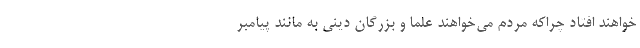
خواهند افتاد چراکه مردم می‌خواهند علما و بزرگان دینی به مانند پیامبر